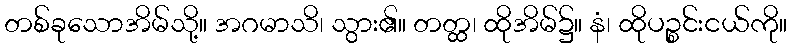
တစ်ခုသောအိမ်သို့။ အဂမာသိ၊ သွား၏။ တတ္ထ၊ ထိုအိမ်၌။ နံ၊ ထိုပဉ္စင်းငယ်ကို။